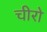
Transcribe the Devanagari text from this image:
चीरो